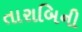
તારાબિની